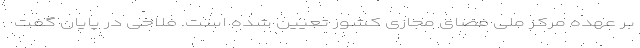
بر عهده مرکز ملی فضای مجازی کشور تعیین شده است. فلاحی در پایان گفت